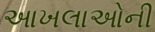
આખલાઓની